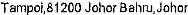
TAMPOI,81200 JOHOR BAHRU,JOHOR